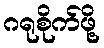
ဂရုစိုက်ဖို့